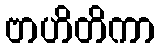
ဗာဟိတိကာ